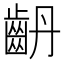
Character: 𪗤